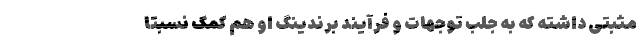
مثبتی داشته که به جلبِ توجّهات و فرآیند برندینگ او هم کمکِ نسبتاً